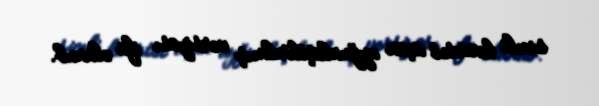
simli kvartet üçün uyğunlaşdırılmış versiyası ifa olunub.